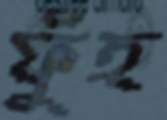
ফুঁহ